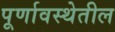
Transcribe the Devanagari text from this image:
पूर्णावस्थेतील